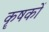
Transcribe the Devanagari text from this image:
कॄषकों